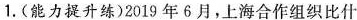
1.(能力提升练)2019年6月，上海合作组织比什